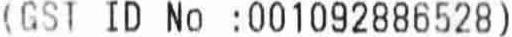
(GST ID NO :001092886528)